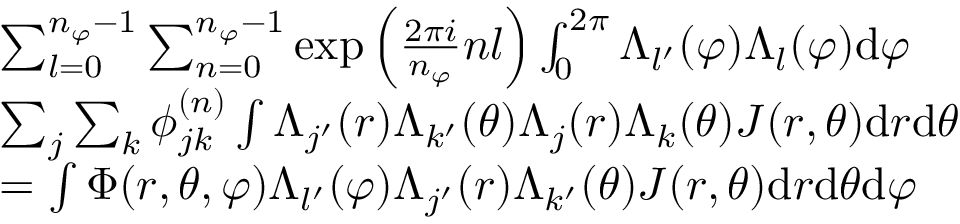
\begin{array} { r l } & { \sum _ { l = 0 } ^ { n _ { \varphi } - 1 } \sum _ { n = 0 } ^ { n _ { \varphi } - 1 } \exp { \left( \frac { 2 \pi i } { n _ { \varphi } } n l \right) } \int _ { 0 } ^ { 2 \pi } \Lambda _ { l ^ { \prime } } ( \varphi ) \Lambda _ { l } ( \varphi ) \mathrm { d } \varphi } \\ & { \sum _ { j } \sum _ { k } \phi _ { j k } ^ { ( n ) } \int \Lambda _ { j ^ { \prime } } ( r ) \Lambda _ { k ^ { \prime } } ( \theta ) \Lambda _ { j } ( r ) \Lambda _ { k } ( \theta ) J ( r , \theta ) \mathrm { d } r \mathrm { d } \theta } \\ & { = \int \Phi ( r , \theta , \varphi ) \Lambda _ { l ^ { \prime } } ( \varphi ) \Lambda _ { j ^ { \prime } } ( r ) \Lambda _ { k ^ { \prime } } ( \theta ) J ( r , \theta ) \mathrm { d } r \mathrm { d } \theta \mathrm { d } \varphi } \end{array}